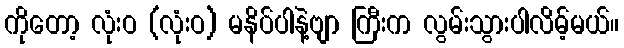
ကိုတော့ လုံးဝ (လုံးဝ) မနိပ်ပါနဲ့ဗျာ ကြီးက လွမ်းသွားပါလိမ့်မယ်။